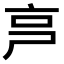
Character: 𠅏